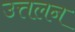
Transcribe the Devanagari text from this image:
उत्तलन